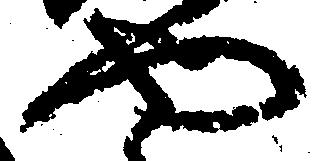
や